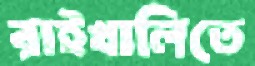
রাইখালিতে